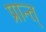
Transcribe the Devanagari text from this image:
प्रान्त्